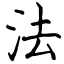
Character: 法